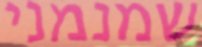
שמנמני